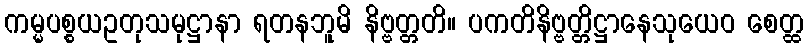
ကမ္မပစ္စယဥတုသမုဋ္ဌာနာ ရတနဘူမိ နိဗ္ဗတ္တတိ။ ပကတိနိဗ္ဗတ္တိဋ္ဌာနေသုယေဝ စေတ္ထ